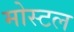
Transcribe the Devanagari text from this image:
मोस्टल